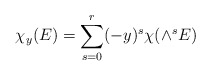
\begin{align*}\chi_y(E)=\sum_{s=0}^r(-y)^s\chi(\wedge^s E)\, \end{align*}